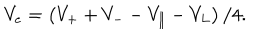
LaTeX: V _ { e } = \left( V _ { + } + V _ { - } - V _ { \| } - V _ { L } \right) / 4 .